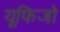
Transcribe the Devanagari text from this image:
यूफिजो